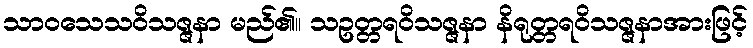
သာဝသေသဝိသဇ္ဇနာ မည်၏။ သဥတ္တရဝိသဇ္ဇနာ နိရုတ္တရဝိသဇ္ဇနာအားဖြင့်